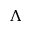
\Lambda